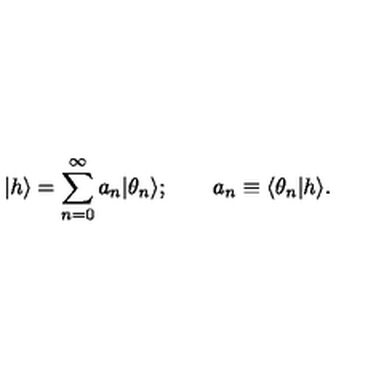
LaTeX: \vert h \rangle = \sum _ { n = 0 } ^ { \infty } a _ { n } \vert \theta _ { n } \rangle ; \quad \quad a _ { n } \equiv \langle \theta _ { n } \vert h \rangle .